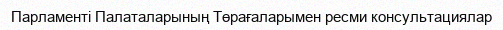
Парламенті Палаталарының Төрағаларымен ресми консультациялар